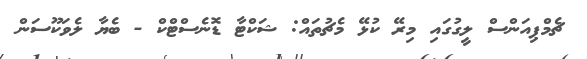
ޗެމްޕިއަންސް ލީގުގައި މިރޭ ކުޅޭ މެޗުތައް: ޝަކްޓާ ޑޮނެސްޓްކް - ބެޔާ ލެވަކޫސަން